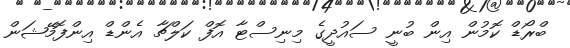
ބްރޯޑް ކޮމުން އިން ބުނީ ސައުދީގެ މިނިސްޓާ އޮފް ކަލްޗާ އެންޑް އިންފޮމޭޝަން